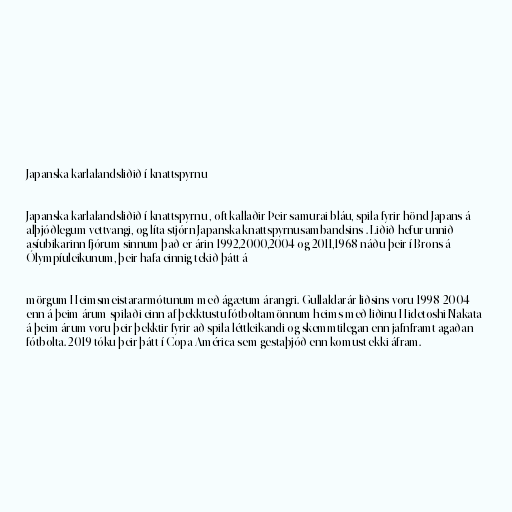
Japanska karlalandsliðið í knattspyrnu

Japanska karlalandsliðið í knattspyrnu , oft kallaðir Þeir samurai bláu, spila fyrir hönd Japans á
alþjóðlegum vettvangi, og líta stjórn Japanska knattspyrnusambandsins . Liðið hefur unnið
asíubikarinn fjórum sinnum það er árin 1992,2000,2004 og 2011,1968 náðu þeir í Brons á
Ólympíuleikunum, þeir hafa einnig tekið þátt á

mörgum Heimsmeistararmótunum með ágætum árangri. Gullaldarár liðsins voru 1998-2004
enn á þeim árum spilaði einn af þekktustu fótboltamönnum heims með liðinu Hidetoshi Nakata
á þeim árum voru þeir þekktir fyrir að spila léttleikandi og skemmtilegan enn jafnframt agaðan
fótbolta. 2019 tóku þeir þátt í Copa América sem gestaþjóð enn komust ekki áfram.